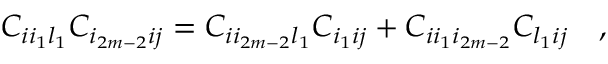
C _ { i i _ { 1 } l _ { 1 } } C _ { i _ { 2 m - 2 } i j } = C _ { i i _ { 2 m - 2 } l _ { 1 } } C _ { i _ { 1 } i j } + C _ { i i _ { 1 } i _ { 2 m - 2 } } C _ { l _ { 1 } i j } \quad ,